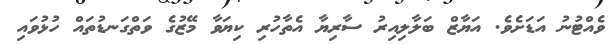
ވެއްޓުނު އަޑަށެވެ. އަޔާޒް ބަލާލިއިރު ސާރިޔާ އެތާހުރި ކިޔަވާ މޭޒުގެ ވަތްގަނޑުތައް ހުޅުވައި